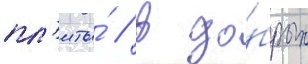
пл'иты́ / в до́брых